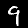
Digit: 9